Indian journal of veterinary science and animal husbandry - Volumes 15-17, 1948-1951
Year: 1948
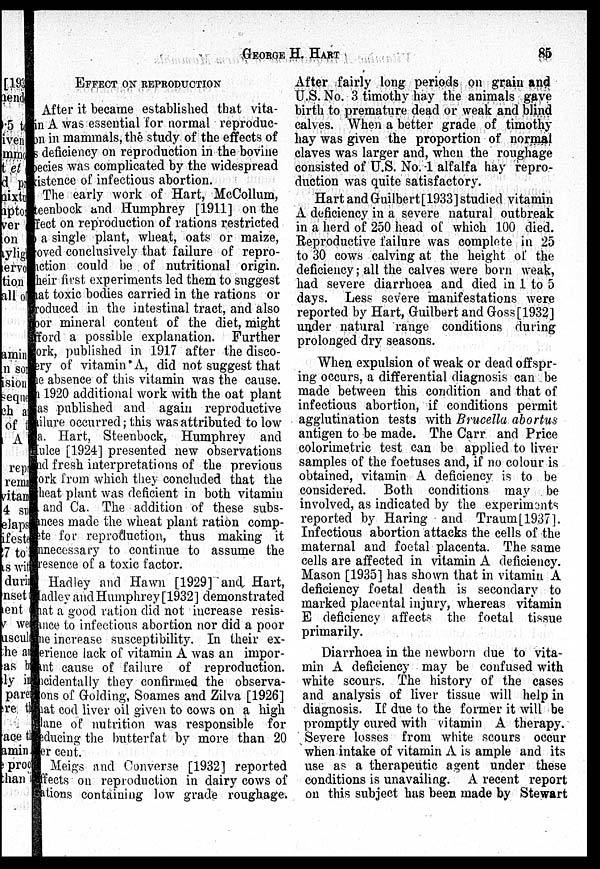
GEORGE
H.
HART
85
EFFECT ON REPRODUCTION
After it became established that vita-
min A was essential for normal reproduc-
tion in mammals, the study of the effects of
s deficiency on reproduction in the bovine
becies was complicated by the widespread
kistence of infectious abortion.
The early work of Hart, McCollum,
teenbock and Humphrey [1911] on the
effect on reproduction of rations restricted
to a single plant, wheat, oats or maize,
oved conclusively that failure of repro-
nction could be of nutritional origin.
Their first experiments led them to suggest
that toxic bodies carried in the rations or
produced in the intestinal tract, and also
oor mineral content of the diet, might
afford a possible explanation. Further
work, published in 1917 after the disco-
very of vitamin A, did not suggest that
the absence of this vitamin was the cause.
In 1920 additional work with the oat plant
was published and again reproductive
failure occurred; this was attributed to low
a. Hart, Steenbock, Humphrey and
Hulce [1924] presented new observations
and fresh interpretations of the previous
work from which they concluded that the
wheat plant was deficient in both vitamin
A and Ca. The addition of these subs-
tances made the wheat plant ration comp-
lete for reproduction, thus making it
unnecessary to continue to assume the
presence of a toxic factor.
Hadley and Hawn [1929] and Hart,
adley and Humphrey [1932] demonstrated
that a good ration did not increase resis-
tance to infectious abortion nor did a poor
ne increase susceptibility. In their ex-
---ience lack of vitamin A was an impor-
tant cause of failure of reproduction.
Incidentally they confirmed the observa-
tions of Golding, Soames and Zilva [1926]
that cod liver oil given to cows on a high
plane of nutrition was responsible for
reducing the butterfat by more than 20
per cent.
Meigs and Converse [1932] reported
affects on reproduction in dairy cows of
rations containing low grade roughage.
After fairly long periods on grain and
U.S. No. 3 timothy hay the animals gave
birth to premature dead or weak and blind
calves. When a better grade of timothy
hay was given the proportion of normal
claves was larger and, when the roughage
consisted of U.S. No. 1 alfalfa hay repro-
duction was quite satisfactory.
Hart and Guilbert [1933] studied vitamin
A deficiency in a severe natural outbreak
in a herd of 250 head of which 100 died.
Reproductive failure was complete in 25
to 30 cows calving at the height of the
deficiency; all the calves were born weak,
had severe diarrhoea and died in 1 to 5
days. Less severe manifestations were
reported by Hart, Guilbert and Goss[1932]
under natural range conditions during
prolonged dry seasons.
When expulsion of weak or dead offspr-
ing occurs, a differential diagnosis can be
made between this condition and that of
infectious abortion, if conditions permit
agglutination tests with Brucella abortus
antigen to be made. The Carr and Price
colorimetric test can be applied to liver
samples of the foetuses and, if no colour is
obtained, vitamin A deficiency is to be
considered. Both conditions may be
involved, as indicated by the experiments
reported by Haring and Traum[1937].
Infectious abortion attacks the cells of the
maternal and foctal placenta. The same
cells are affected in vitamin A deficiency.
Mason [1935] has shown that in vitamin A
deficiency foetal death is secondary to
marked placental injury, whereas vitamin
E deficiency affects the foetal tissue
primarily.
Diarrhoea in the newborn due to vita-
min A deficiency may be confused with
white scours. The history of the cases
and analysis of liver tissue will help in
diagnosis. If due to the former it will be
promptly cured with vitamin A therapy.
Severe losses from white scours occur
when intake of vitamin A is ample and its
use as a therapeutic agent under these
conditions is unavailing. A recent report
on this subject has been made by Stewart